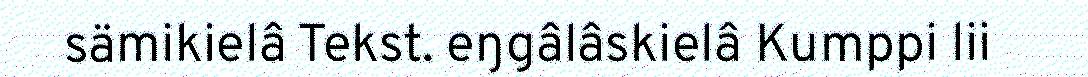
sämikielâ Tekst. eŋgâlâskielâ Kumppi lii